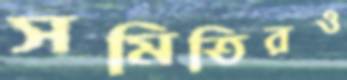
সমিতিরও